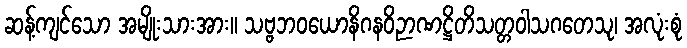
ဆန့်ကျင်သော အမျိုးသားအား။ သဗ္ဗဘဝယောနိဂနဝိဉာဏဋ္ဌိတိသတ္တဝါသဂတေသု၊ အလုံးစုံ